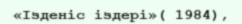
«Ізденіс іздері»( 1984),